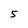
Character: 5